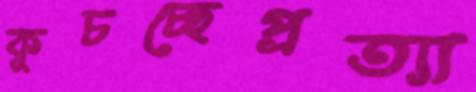
কুচচ্ছেপ্রত্যা